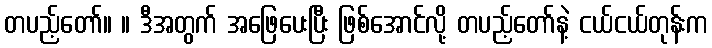
တပည့်တော်။ ။ ဒီအတွက် အဖြေပေးပြီး ဖြစ်အောင်လို့ တပည့်တော်နဲ့ ငယ်ငယ်တုန်းက